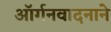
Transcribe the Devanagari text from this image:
ऑर्गनवादनाने